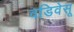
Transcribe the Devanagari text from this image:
वडिवेसू